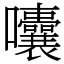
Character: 囔